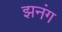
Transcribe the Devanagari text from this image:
झनंग